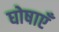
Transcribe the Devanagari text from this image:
घोषाएँ